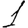
Digit: 1